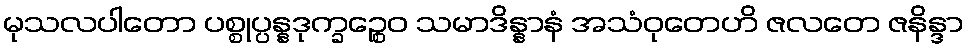
မုသလပါတော ပစ္စုပ္ပန္နဒုက္ခဉ္စေဝ သမာဒိန္နာနံ အသံဝုတေဟိ ဇလတေ ဇနိန္ဒာ